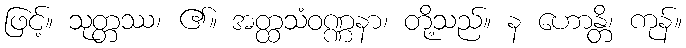
ဖြင့်။ သုတ္တဿ၊ ၏။ အတ္ထသံဝဏ္ဏနာ၊ တို့သည်။ န ဟောန္တိ၊ ကုန်။